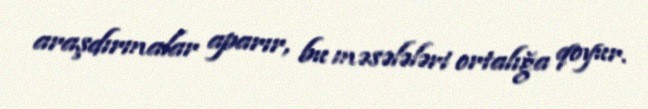
araşdırmalar aparır, bu məsələləri ortalığa qoyur.